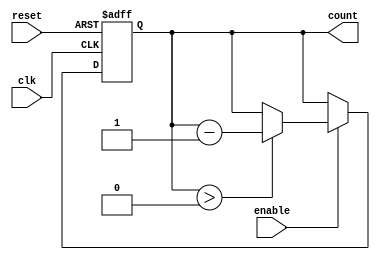
module MemoryBlocksDownCounter #(
    parameter WIDTH = 4,            // Width of the counter (number of bits)
    parameter INITIAL_VALUE = 15    // Initial value to load on reset
)(
    input wire clk,                 // Clock signal
    input wire reset,               // Asynchronous reset signal
    input wire enable,              // Enable signal for counting down
    output reg [WIDTH-1:0] count    // Current count value
);

    // Asynchronous reset and counting logic
    always @(posedge clk or posedge reset) begin
        if (reset) begin
            count <= INITIAL_VALUE; // Load initial value on reset
        end else if (enable) begin
            if (count > 0) begin
                count <= count - 1; // Decrement the count
            end
            // If count is already 0, it remains 0
        end
    end

endmodule